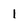
Character: 1